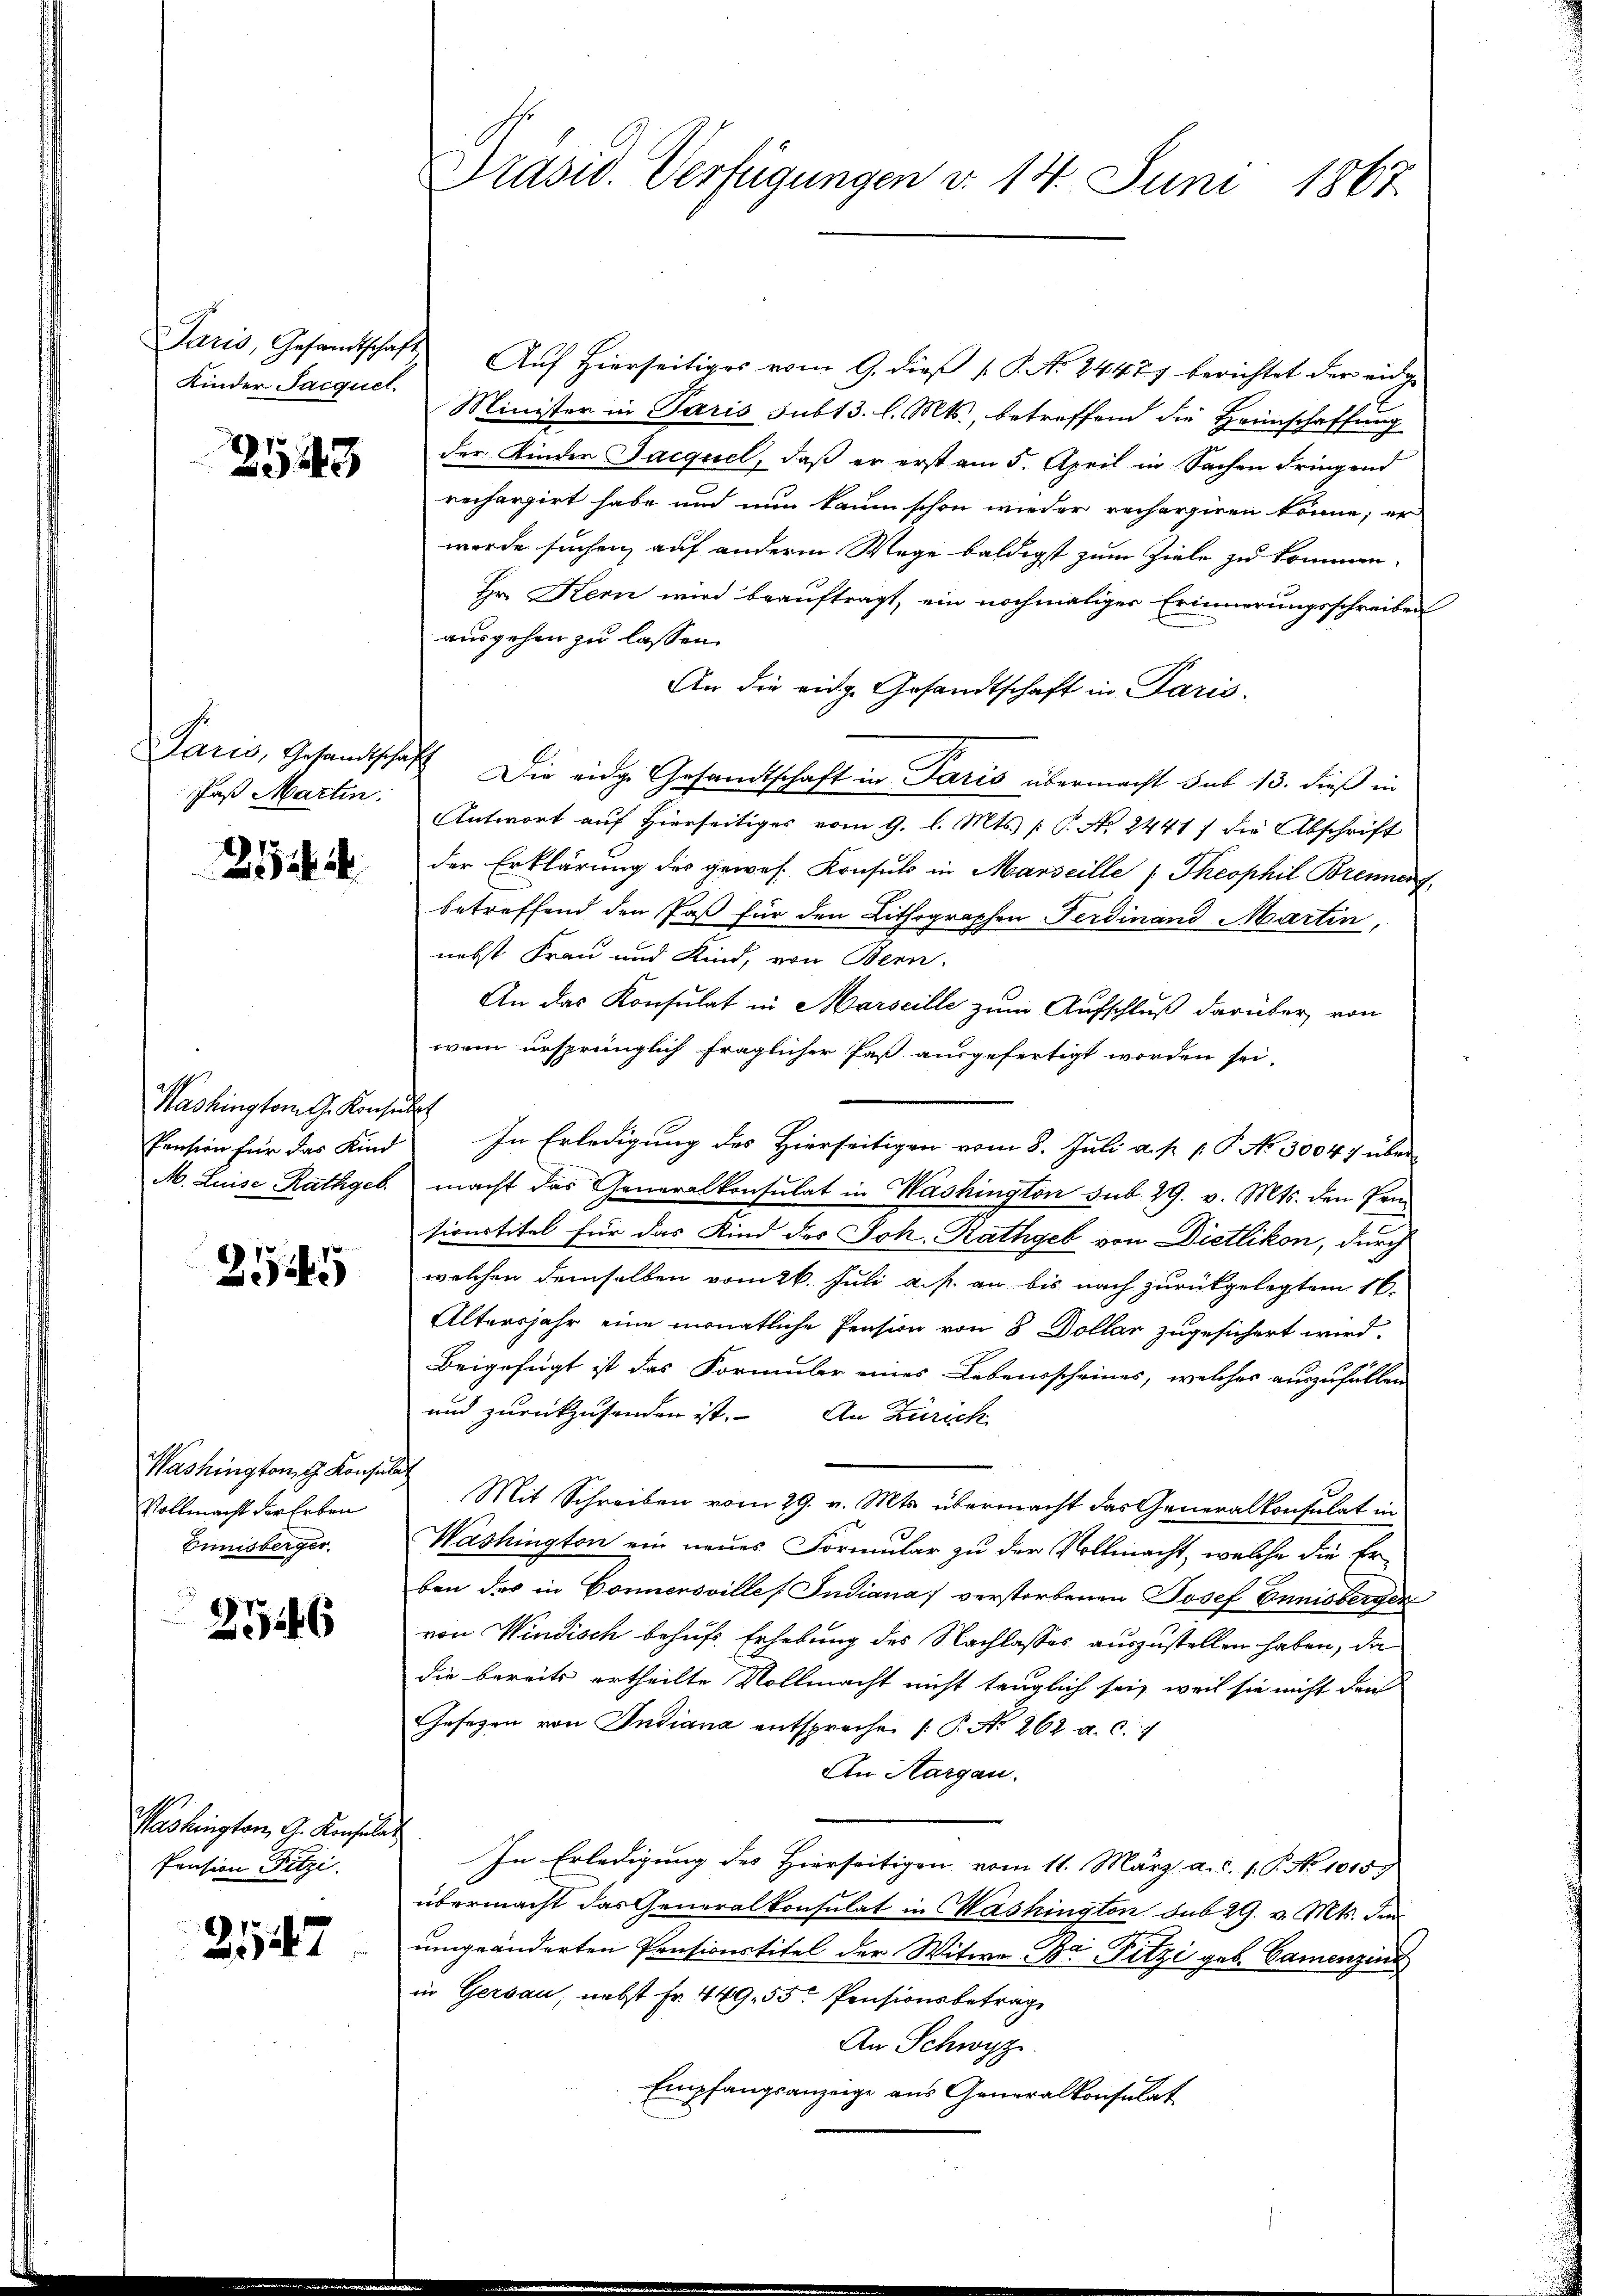
Kinder Sacquel

2543

Paß Martin.

254

Washington G. Konsult
Pension für das Kind

254

Washington G. Konsul
Vollmacht der Erben
Bunisberger.

2546

Washington, G. Konsulat
Pension Fitzi.

2547

Prasiv. Verfügungen d. 14. Juni 1867.

Paris, Gesandtschaft Aŭf Hierseitiges vom 9. dieβ v. P. Nr. 24477 berichtet der eidge
Minister in Paris sub 13. l. Mts., betreffend die Heimschaffung
der Kinder Jacquel, daß er erst am 5. April in Sachen dringend
rechargirt habe und nun kaum schon wieder rechargiren könne; er
werde suchen, auf anderm Wege baldigst zum Ziele zu kommen.
Hr. Kern wird beauftragt, ein nochmaliger Erinnerungsschreiben
ausgehen zu lassen.
An die eidg. Gesandtschaft in Paris.
Paris, Gesandtschaft Die eidge Gesandtschaft in Paris übermacht sub 13. dieß in
Antwort auf Hierseitiges vom 9. l. Mts. (T. No. 24417 die Abschrift
der Erklärung des gewes Konsuls in Marseille Theophil Brennenf
betreffend den Paß für den Lithographen Ferdinand Martin,
nebst Frau und Kind, von Bern.
An das Konsulat in Marseille zum Aufschluß darüber von
wem ursprünglich fraglicher Paß ausgefertigt worden sei.
In Erledigung des Hierseitigen vom 8. Juli a. p. 1. P. No 30047 über
M. Luise Rathgeb. macht das Generalkonsulat in Washington sub 29. v. Mts. den Pri-
sionstitel für das Kind des Joh. Rathgeb von Dietlikon, durch
welchen demselben vom 26. Juli a. p. an bis nach zurückgelegtem 16.
Altersjahr eine monatliche Pension von 8 Dollar zugesichert wird.
Beigefügt ist das Formuler eines Lebensscheines, welches auszufällen
und zurückzusenden ist. An Zürich
Mit Schreiben vom 29. v. Mts. übermacht das Generalkonsulat in
Washington ein neues Formular zu der Vollmacht, welche die Erben des in Connensvilles Indiana verstorbenen Josef Ennisberger
von Windisch behufs Erhebung des Nachlasses auszustellen haben, da
die bereits ertheilte Vollmacht nicht tauglich sei, weil sie nicht den
Gesetzen von Indiana entsprochen (P. No 262. a. c. 7
An Aargau.
In Erledigung des Hierseitigen vom 11. März a.c. s. P. No 1015.
übermacht das Generalkonsulat in Washington sub 29. v. Mts. den
umgeänderten Pensionstitel der Witwe B Fitzi geb. Camenzins
in Gersau, nebst Fr. 449. 55. Pensionsbetrag
An Schwyz.
Empfangsanzeige aus Generalkonsulat